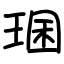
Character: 㻒